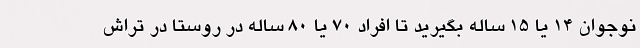
نوجوان ۱۴ یا ۱۵ ساله بگیرید تا افراد ۷۰ یا ۸۰ ساله در روستا در تراش